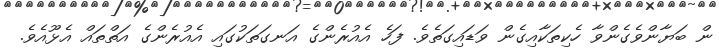
ން ބަޔާންވެގެންވާ ހެކިތަކާއިގެން ވަޑައިގަތެވެ. ފަހެ އެއުރެންގެ އަނގަތަކުގައި އެއުރެންގެ އަތްތައް އެޅޫއެވެ.